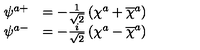
\begin{array} { c c c } { \psi ^ { a + } } & { = - \frac 1 { \sqrt { 2 } } \left( \chi ^ { a } + \overline { { \chi } } ^ { a } \right) } & { } \\ { \psi ^ { a - } } & { = - \frac i { \sqrt { 2 } } \left( \chi ^ { a } - \overline { { \chi } } ^ { a } \right) } & { } \\ \end{array}